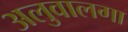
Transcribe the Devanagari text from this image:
अलुवालगा